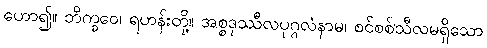
ဟော၍။ ဘိက္ခဝေ၊ ရဟန်းတို့။ အစ္စဒုဿီလပုဂ္ဂလံနာမ၊ စင်စစ်သီလမရှိသော